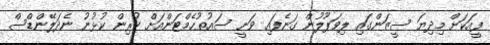
ފީއަކަށް މިދިޔަ ސީޒަންގައި ލިވަޕޫލުން ގަނެފައި ވަނީ ސައުތުހެމްޓަންއަށް ކުރިން ކުޅުނު ނެދަލޭންޑްސް